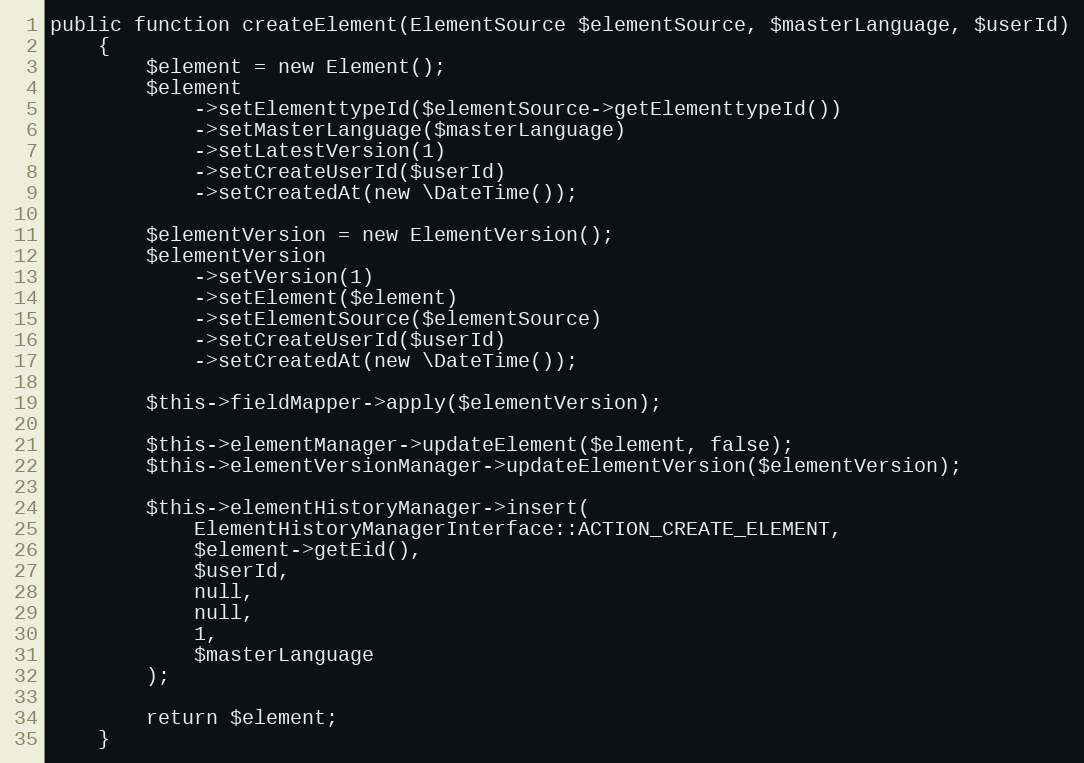
Language: PHP
public function createElement(ElementSource $elementSource, $masterLanguage, $userId)
    {
        $element = new Element();
        $element
            ->setElementtypeId($elementSource->getElementtypeId())
            ->setMasterLanguage($masterLanguage)
            ->setLatestVersion(1)
            ->setCreateUserId($userId)
            ->setCreatedAt(new \DateTime());

        $elementVersion = new ElementVersion();
        $elementVersion
            ->setVersion(1)
            ->setElement($element)
            ->setElementSource($elementSource)
            ->setCreateUserId($userId)
            ->setCreatedAt(new \DateTime());

        $this->fieldMapper->apply($elementVersion);

        $this->elementManager->updateElement($element, false);
        $this->elementVersionManager->updateElementVersion($elementVersion);

        $this->elementHistoryManager->insert(
            ElementHistoryManagerInterface::ACTION_CREATE_ELEMENT,
            $element->getEid(),
            $userId,
            null,
            null,
            1,
            $masterLanguage
        );

        return $element;
    }